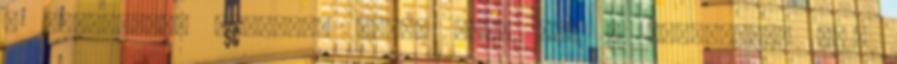
A várpalotai lakosság száma 5444 fő, a lakóházaké 871.